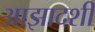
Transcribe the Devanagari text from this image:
आझादशी